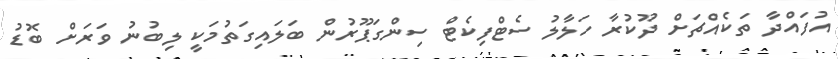
އުފައްދާ ތަކެއްޗަށް ދޫކުރާ ހަލާލު ސެޓްފިކެޓް ސިންގަޕޫރުން ބަލައިގަތުމަކީ ލިބުނު ވަރަށް ބޮޑު